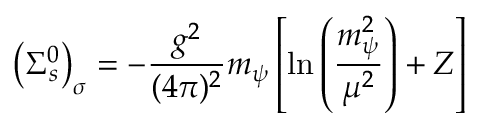
\left( \Sigma _ { s } ^ { 0 } \right) _ { \sigma } = - \frac { g ^ { 2 } } { ( 4 \pi ) ^ { 2 } } m _ { \psi } \left[ \ln \left( \frac { m _ { \psi } ^ { 2 } } { \mu ^ { 2 } } \right) + Z \right]